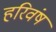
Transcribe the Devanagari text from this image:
हरिवंष